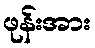
ဖုန်းအား